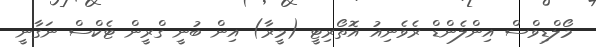
މޯލްޑިވްސް އިންލެންޑް ރެވެނިއު އޮތޯރިޓީ (މީރާ) އިން ބުނީ ގްރީން ޓެކްސް ނަގާނީ